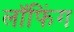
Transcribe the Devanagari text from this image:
लॉफिंग